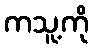
ကသူ့ကို